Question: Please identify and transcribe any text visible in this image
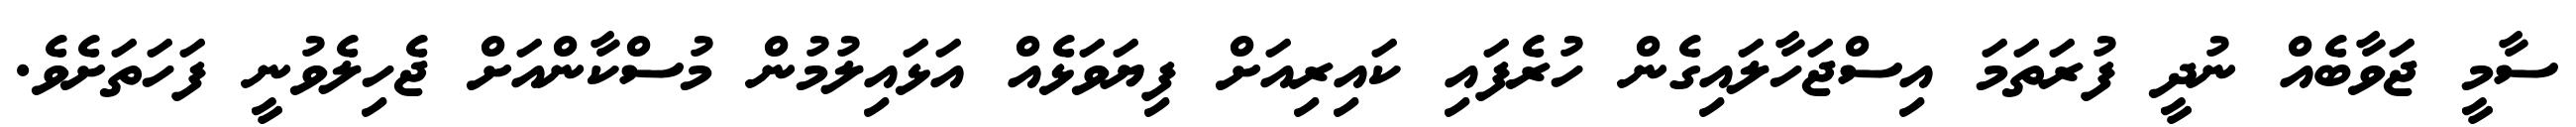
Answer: ސާމީ ޖަވާބެއް ނުދީ ފުރަތަމަ އިސްޖަހާލައިގެން ހުރެފައި ކައިރިއަށް ފިޔަވަޅެއް އަޅައިލުމުން މުސްކާންއަށް ޖެހިލެވުނީ ފަހަތަށެވެ.